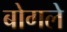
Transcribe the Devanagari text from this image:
बोगले